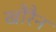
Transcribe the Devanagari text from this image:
खौरैन